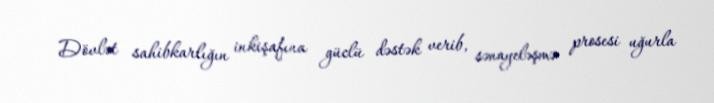
Dövlət sahibkarlığın inkişafına güclü dəstək verib, sənayeləşmə prosesi uğurla